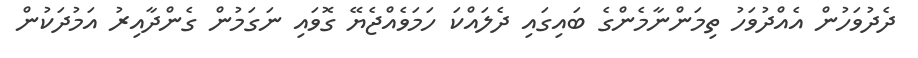
ދެދުވަހުން އެއްދުވަހު ތިމަންނާމެންގެ ބައިގައި ދެލައްކަ ހަމަވެއްޖެޔޭ ގޮވައި ނަގަމުން ގެންދާއިރު އަމުދަކުން